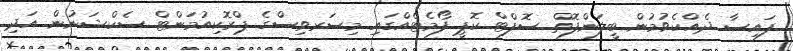
ފައިސާ ދެއްކެވުމުން ބީލަންފޮތް ސޮފްޓް ކޮޕީ ފޯމެޓެއްގައި މިސަރވިސްގެ ޕްރޮކިއުމަންޓް ސެކްޝަނުން އަދި